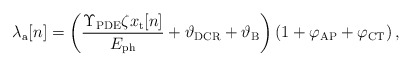
\begin{align*}\lambda_\mathrm{a}[n]=\left(\frac{\Upsilon_{\rm PDE}\zeta x_{\rm t}[n]}{E_{\rm ph}}+\vartheta_{\rm DCR}+\vartheta_{\rm B}\right)\left(1+\varphi_{\rm AP}+\varphi_{\rm CT}\right),\end{align*}